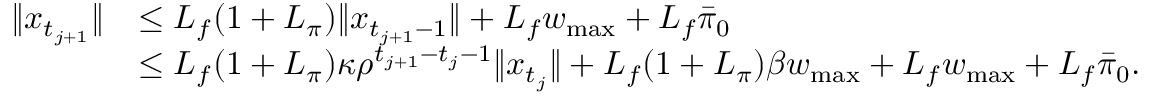
\begin{array} { r l } { \| x _ { t _ { j + 1 } } \| } & { \leq L _ { f } ( 1 + L _ { \pi } ) \| x _ { t _ { j + 1 } - 1 } \| + L _ { f } w _ { \operatorname* { m a x } } + L _ { f } \bar { \pi } _ { 0 } } \\ & { \leq L _ { f } ( 1 + L _ { \pi } ) \kappa \rho ^ { t _ { j + 1 } - t _ { j } - 1 } \| x _ { t _ { j } } \| + L _ { f } ( 1 + L _ { \pi } ) \beta w _ { \operatorname* { m a x } } + L _ { f } w _ { \operatorname* { m a x } } + L _ { f } \bar { \pi } _ { 0 } . } \end{array}